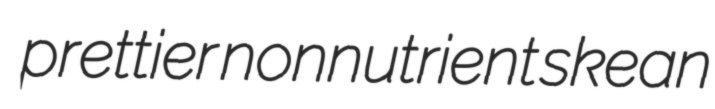
prettier nonnutrient skean